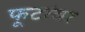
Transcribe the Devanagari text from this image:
फूटांवर